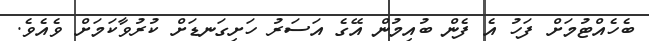
ބެހެއްޓުމަށް ފަހު އެ ފެން ބުއިމުން އޭގެ އަސަރު ހަށިގަނޑަށް ކުރުވާކަމަށް ވެއެވެ.